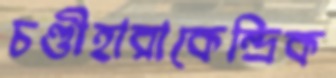
চণ্ডীহারাকেন্দ্রিক